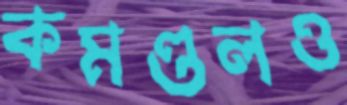
কমণ্ডলও